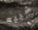
شبيه